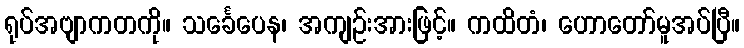
ရုပ်အဗျာကတကို။ သင်္ခေပေန၊ အကျဉ်းအားဖြင့်။ ကထိတံ၊ ဟောတော်မူအပ်ပြီ။